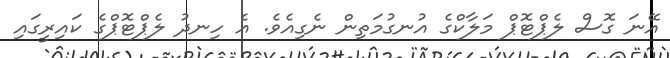
އޭނަ ގޮސް ލެޕްޓޮޕް މަލާކްގެ އުނގުމަތިން ނެގިއެވެ. އެ ހިނދު ލެޕްޓޮޕްގެ ކައިރީގައި